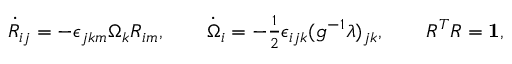
\begin{array} { r } { \dot { R } _ { i j } = - \epsilon _ { j k m } \Omega _ { k } R _ { i m } , \qquad \dot { \Omega } _ { i } = - \frac 1 2 \epsilon _ { i j k } ( g ^ { - 1 } \lambda ) _ { j k } , \qquad R ^ { T } R = { \bf 1 } , } \end{array}